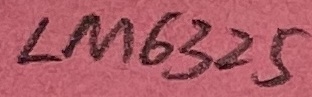
Text: LM6325